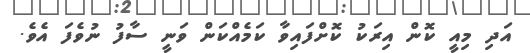
އަދި މިއީ ކޮން އިރަކު ކޮށްފައިވާ ކަމެއްކަން ވަނީ ސާފު ނުވެފަ އެވެ.